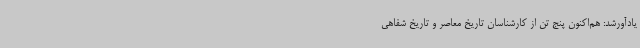
یادآورشد: هم‌اکنون پنج تن از کارشناسان تاریخ معاصر و تاریخ شفاهی